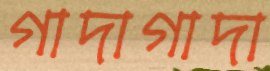
গাদাগাদা